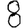
Digit: 8